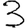
Digit: 3